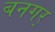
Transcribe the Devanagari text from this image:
बनगर्